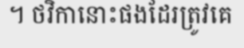
។ ថវិកានោះផងដែរត្រូវគេ